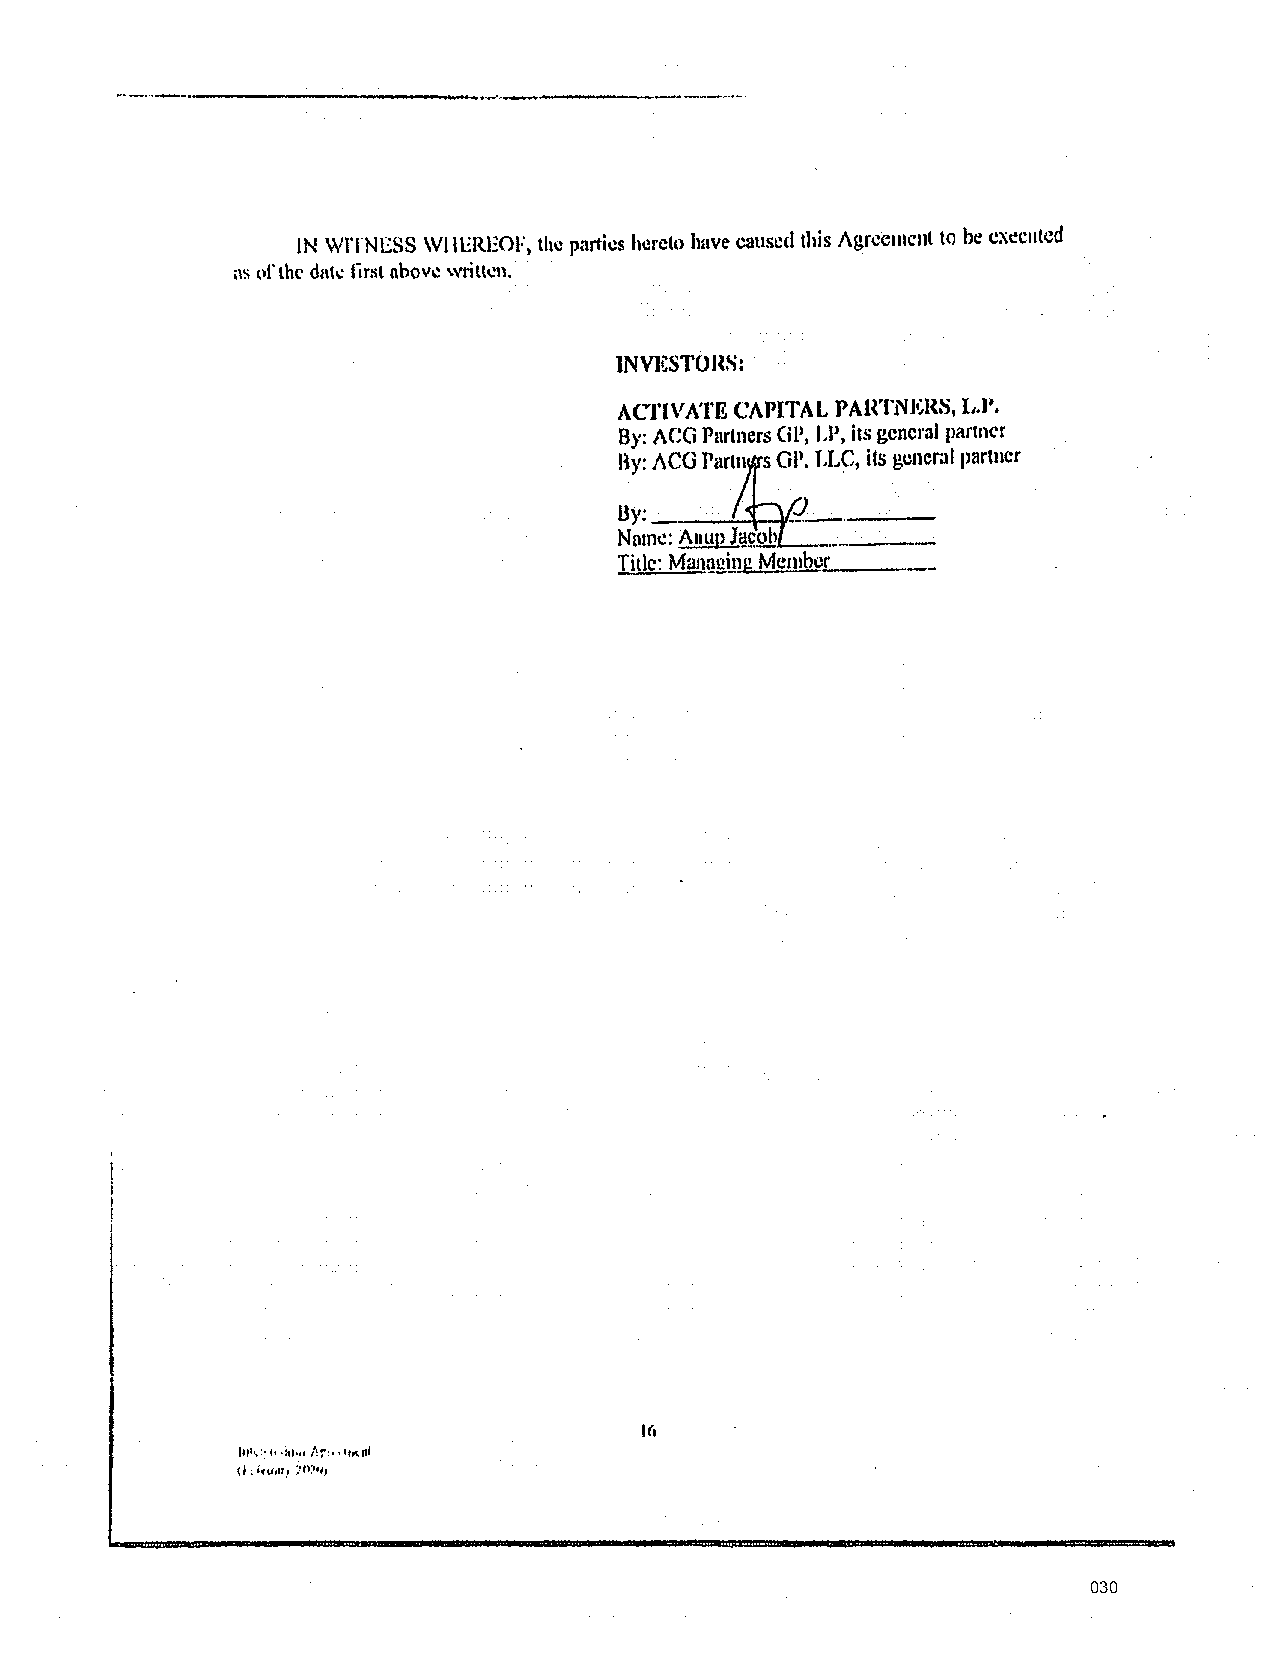
IN WITNESS WI IEREOF) the parties hereto have caused this Agreement to be cxt!cnted
 or
 ns the dnh: first nbov\! wrilh!n.
 INVl~STOHS:
 ACflVATE CAPITAL PARTNl~RS, L.I•.
 By: ACG Partners GP, LP, its general partner
 By: ACO Pitrtn rs GP~ TLC, its general partner
 ~~r....;_------
 By; ___
 Namc: ;...;A=u.;;,u~=~-------
 Titlc: Mangg_in'-"g _M.:..e;.:.;11=1b=c~r ____
 1111\:,1,,:11,,11".:•'.,,11ouli
 (I :1.,,.,.,1: ·o~•,,
 030